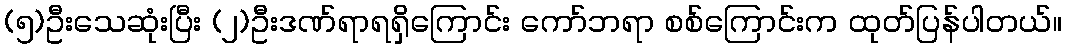
(၅)ဦးသေဆုံးပြီး (၂)ဦးဒဏ်ရာရရှိကြောင်း ကော်ဘရာ စစ်ကြောင်းက ထုတ်ပြန်ပါတယ်။